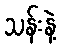
သန်းနဲ့